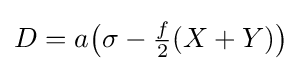
{\textstyle D=a{\bigl (}\sigma -{\tfrac {f}{2}}(X+Y){\bigr )}}